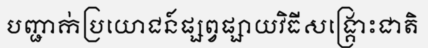
បញ្ជាក់ប្រយោជន៍ផ្សព្វផ្សាយវិធីសង្គ្រោះជាតិ